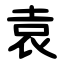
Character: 袁